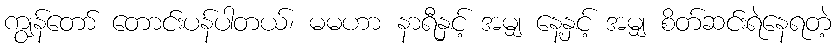
ကျွန်တော် တောင်းပန်ပါတယ်၊ မမဟာ နာရီနှင့် အမျှ နေ့နှင့် အမျှ စိတ်ဆင်းရဲနေရတဲ့